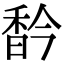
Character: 𩠻